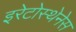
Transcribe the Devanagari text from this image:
इरेटोस्थेनेस